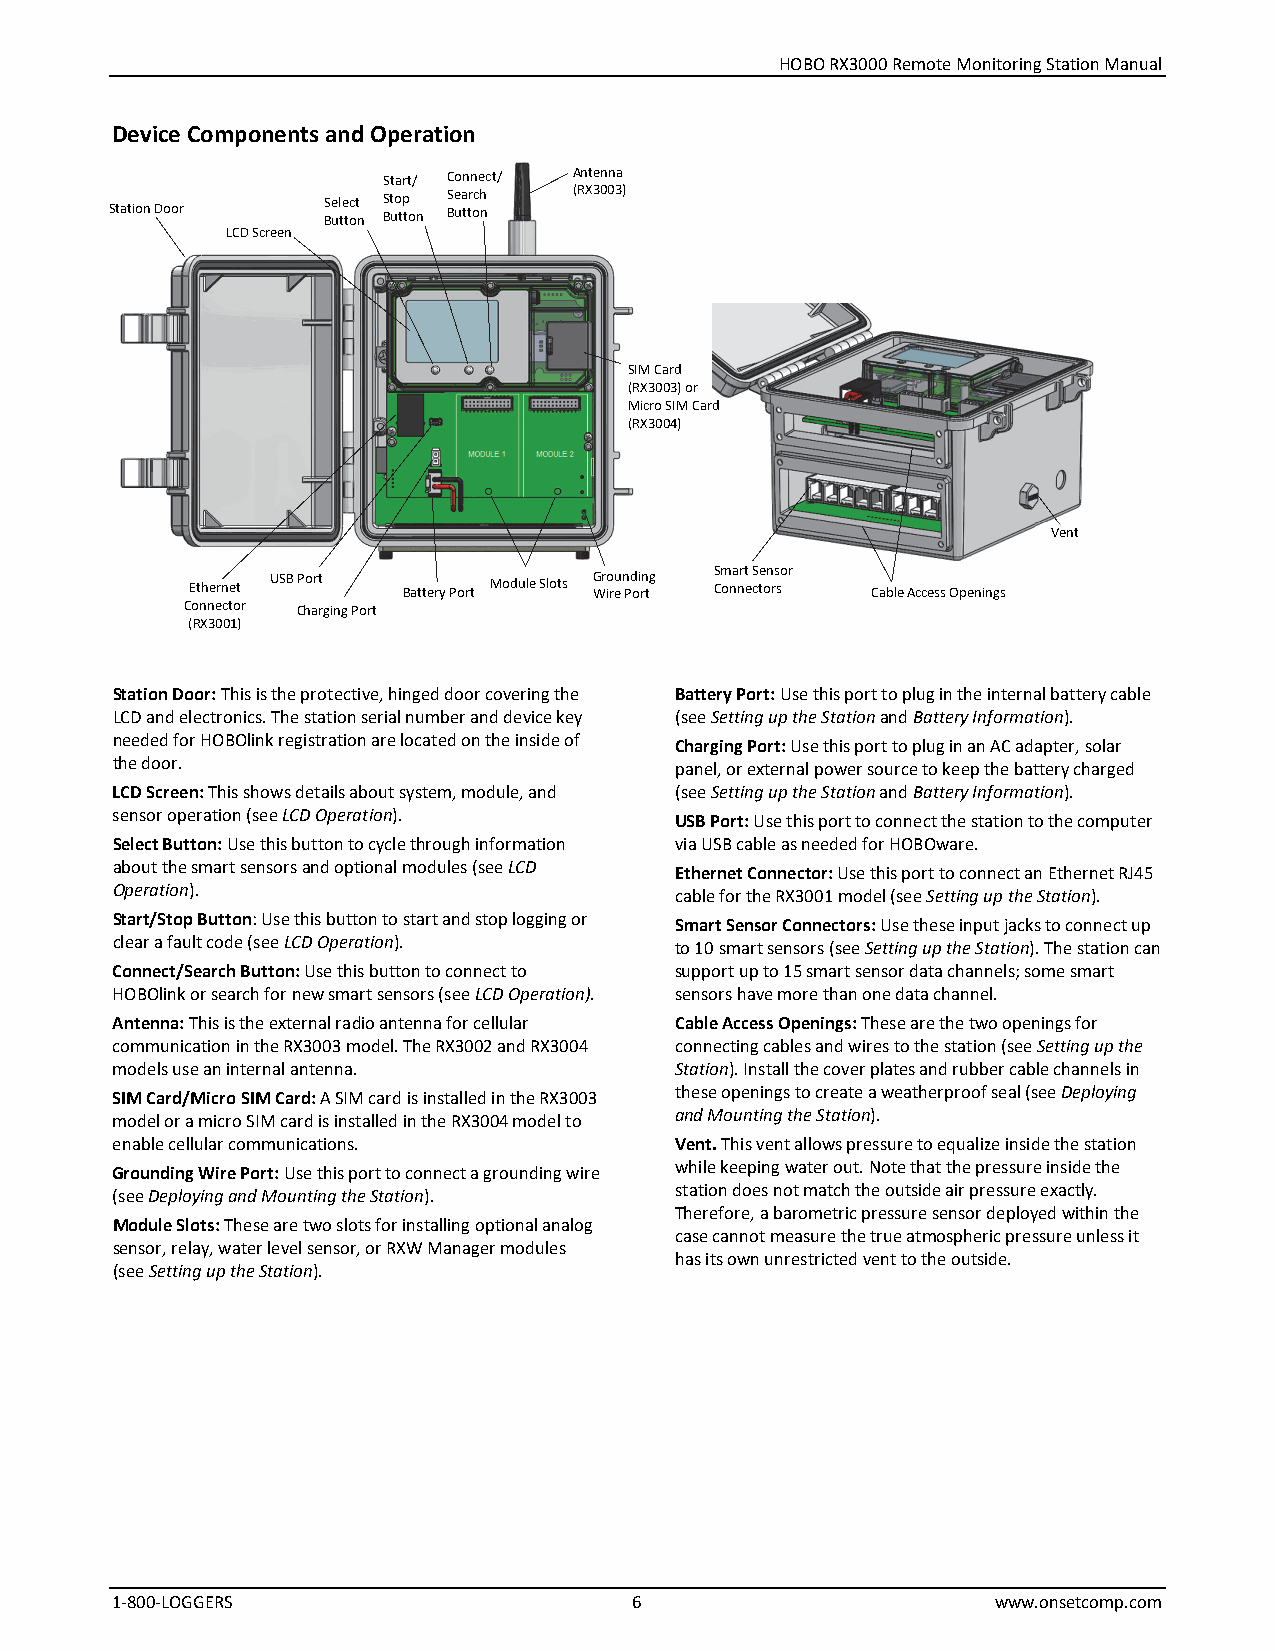
HOBO RX3000 Remote Monitoring Station Manual
 Device Components and Operation
 Start/ Connect/ Antenna
 Select Stop Search (RX3003)
 Station Door  Button Button Button
 LCD Screen
 SIM Card
 (RX3003) or
 Micro SIM Card
 (RX3004)
 Vent
 Ethernet USB Port Battery Port Module Slots G Wr io reu n Pd oi rn t g S Cm ona nrt e cS te on rs so r Cable Access Openings
 Connector Charging Port
 (RX3001)
 Station Door: This is the protective, hinged door covering the Battery Port: Use this port to plug in the internal battery cable
 LCD and electronics. The station serial number and device key (see Setting up the Station and Battery Information).
 needed for HOBOlink registration are located on the inside of Charging Port: Use this port to plug in an AC adapter, solar
 the door.                             panel, or external power source to keep the battery charged
 LCD Screen: This shows details about system, module, and (see Setting up the Station and Battery Information).
 sensor operation (see LCD Operation). USB Port: Use this port to connect the station to the computer
 Select Button: Use this button to cycle through information via USB cable as needed for HOBOware.
 about the smart sensors and optional modules (see LCD Ethernet Connector: Use this port to connect an Ethernet RJ45
 Operation).                           cable for the RX3001 model (see Setting up the Station).
 Start/Stop Button: Use this button to start and stop logging or Smart Sensor Connectors: Use these input jacks to connect up
 clear a fault code (see LCD Operation). to 10 smart sensors (see Setting up the Station). The station can
 Connect/Search Button: Use this button to connect to support up to 15 smart sensor data channels; some smart
 HOBOlink or search for new smart sensors (see LCD Operation). sensors have more than one data channel.
 Antenna: This is the external radio antenna for cellular Cable Access Openings: These are the two openings for
 communication in the RX3003 model. The RX3002 and RX3004 connecting cables and wires to the station (see Setting up the
 models use an internal antenna.       Station). Install the cover plates and rubber cable channels in
 these openings to create a weatherproof seal (see Deploying
 SIM Card/Micro SIM Card: A SIM card is installed in the RX3003
 and Mounting the Station).
 model or a micro SIM card is installed in the RX3004 model to
 enable cellular communications.       Vent. This vent allows pressure to equalize inside the station
 while keeping water out. Note that the pressure inside the
 Grounding Wire Port: Use this port to connect a grounding wire
 station does not match the outside air pressure exactly.
 (see Deploying and Mounting the Station).
 Therefore, a barometric pressure sensor deployed within the
 Module Slots: These are two slots for installing optional analog
 case cannot measure the true atmospheric pressure unless it
 sensor, relay, water level sensor, or RXW Manager modules
 has its own unrestricted vent to the outside.
 (see Setting up the Station).
 1-800-LOGGERS                      6                       www.onsetcomp.com